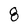
Character: 8